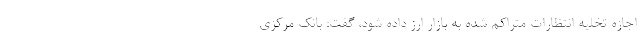
اجازه تخلیه انتظارات متراکم شده به بازار ارز داده شود، گفت: بانک مرکزی